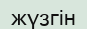
жүзгін